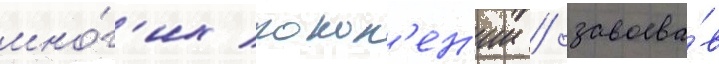
мно́г'их покол'ен'ии / завоева́в